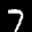
Label: 7